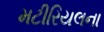
મટીરિયલના